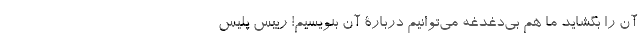
آن را بگشاید ما هم بی‌دغدغه می‌توانیم دربارۀ آن بنویسیم! رییس پلیس